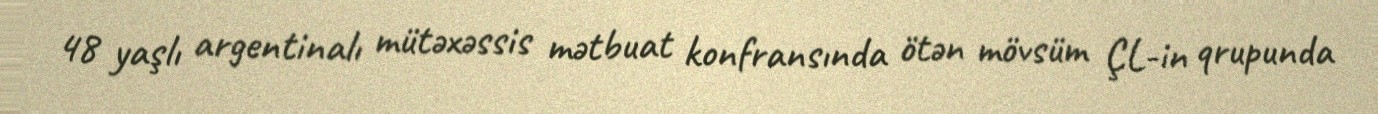
48 yaşlı argentinalı mütəxəssis mətbuat konfransında ötən mövsüm ÇL-in qrupunda